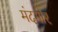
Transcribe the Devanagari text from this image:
मंदगोर